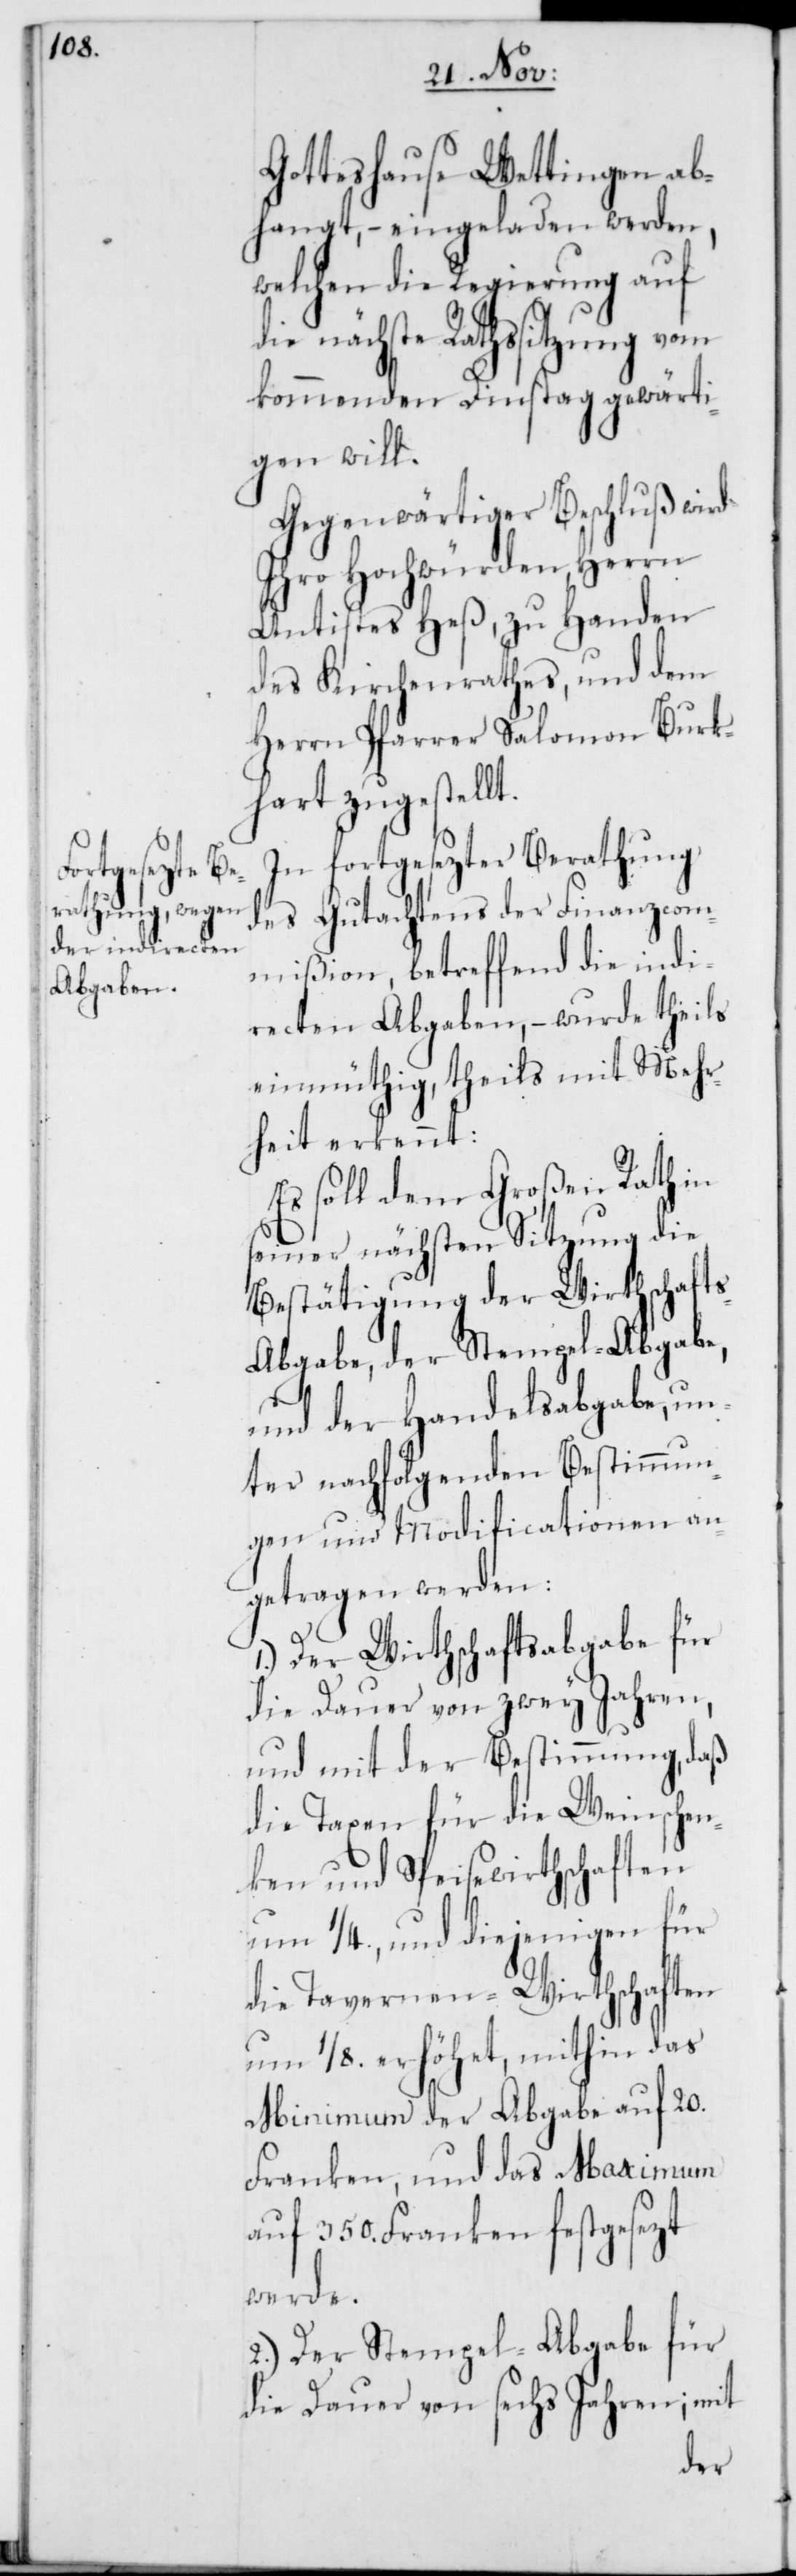
Gotteshause Wettingen ab¬
hangt, – eingeladen werden,
welchen die Regierung auf
die nächste Rathssitzung
kommenden Dienstag gewärti¬
gen will.
Gegenwärtiger Beschluß wird
Ihro Hochwürden, Herrn
Antistes Heß, zu Handen
des Kirchenrathes, und dem
Herrn Pfarrer Salomon Burk¬
hart zugestellt.
In fortgesezter Berathung
des Gutachtens der Finanzcom¬
mißion, betreffend die indi¬
recten Abgaben, – wurde theils
einmüthig, theils mit Mehr¬
heit erkennt:
Es soll dem großen Rath in
seiner nächsten Sitzung die
Bestätigung der Wirtschaft¬
s-Abgabe, der Stempel-Abgabe,
und der Handelsabgabe, un¬
ter nachfolgenden Bestimmun¬
gen und Modificationen an¬
getragen werden:
1.) Der Wirtschaftsabgabe für
die Dauer von zwey Jahren,
und mit der Bestimmung, daß
die Taxen für die Weinschen¬
ken und Speisewirthschaften
um 1/4., und diejenigen für
die Tavernen-Wirtschaften
um 1/8. erhöhet, mithin das
Minimum der Abgabe auf 20.
Franken, und das Maximum
auf 350. Franken festgesezt
werde.
2.) Der Stempel-Abgabe für
die Dauer von sechs Jahren; mit